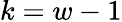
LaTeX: k=w-1